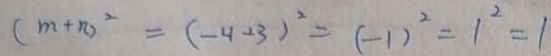
( m + n ) ^ { 2 } = ( - 4 + 3 ) ^ { 2 } = ( - 1 ) ^ { 2 } = 1 ^ { 2 } = 1